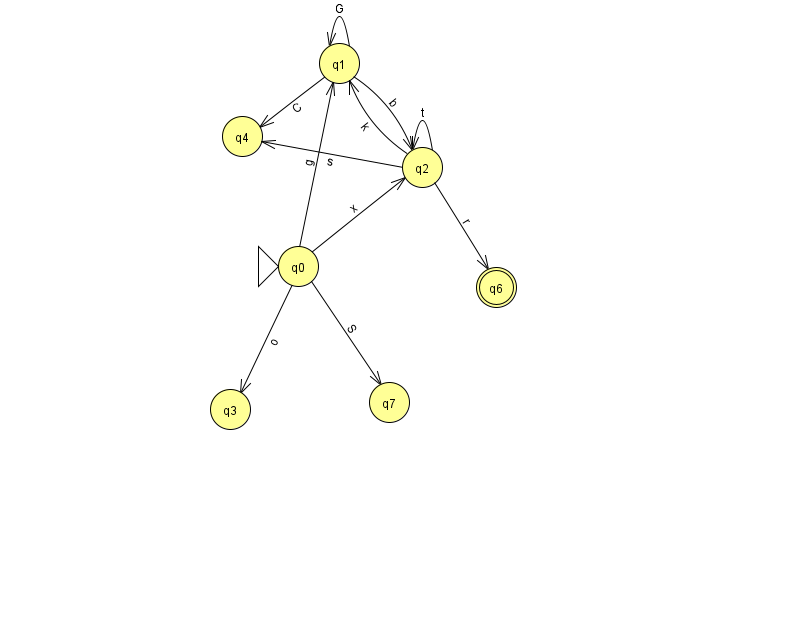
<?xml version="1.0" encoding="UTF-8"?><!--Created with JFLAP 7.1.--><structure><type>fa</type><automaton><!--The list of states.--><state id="0" name="q0"><x>298.0</x><y>253.0</y><initial/></state><state id="1" name="q1"><x>339.0</x><y>50.0</y></state><state id="2" name="q2"><x>422.0</x><y>154.0</y></state><state id="3" name="q3"><x>230.0</x><y>396.0</y></state><state id="4" name="q4"><x>242.0</x><y>123.0</y></state><state id="6" name="q6"><x>496.0</x><y>274.0</y><final/></state><state id="7" name="q7"><x>389.0</x><y>389.0</y></state><!--The list of transitions.--><transition><from>0</from><to>7</to><read>S</read></transition><transition><from>2</from><to>2</to><read>t</read></transition><transition><from>1</from><to>4</to><read>C</read></transition><transition><from>2</from><to>1</to><read>k</read></transition><transition><from>1</from><to>1</to><read>G</read></transition><transition><from>0</from><to>3</to><read>o</read></transition><transition><from>2</from><to>4</to><read>s</read></transition><transition><from>0</from><to>1</to><read>g</read></transition><transition><from>1</from><to>2</to><read>b</read></transition><transition><from>0</from><to>2</to><read>x</read></transition><transition><from>2</from><to>6</to><read>r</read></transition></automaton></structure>